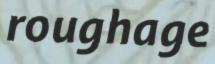
roughage